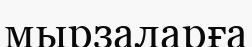
мырзаларға